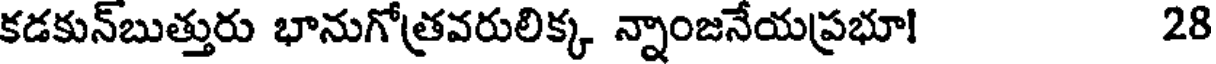
కడకున్బుత్తురు భానుగోత్రవరులిక్క న్నాంజనేయప్రభూ! 28